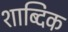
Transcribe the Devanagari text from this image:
शाब्दिक